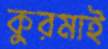
কুরমাই